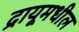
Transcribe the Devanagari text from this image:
द्रायूमधील